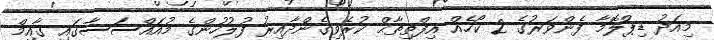
މިއަދު ޑިޕްލޮމާ ފެންވަރުގެ 2 ކޯހެއް އިފްތިތާޙް ކުރެވިގެންދާއިރު ފުލުހުންގެ މުއައްސަސާގައި ގާއިމް